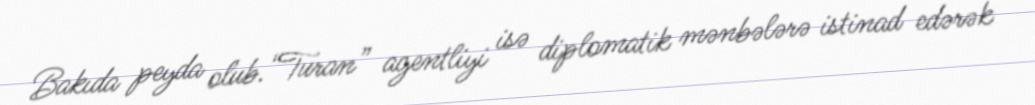
Bakıda peyda olub.“Turan” agentliyi isə diplomatik mənbələrə istinad edərək